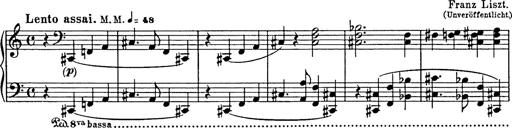
Title: R.W. - Venezia
Composer: Franz Liszt